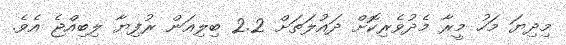
މިދިޔަ މަހު މީރާ މެދުވެރިކޮށް ދައުލަތަށް 2.2 ބިލިއަން ރުފިޔާ ލިބިއްޖެ އެވެ.